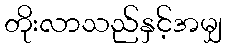
တိုးလာသည်နှင့်အမျှ